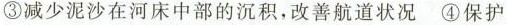
③减少泥沙在河床中部的沉积，改善航道状况 ④保护